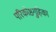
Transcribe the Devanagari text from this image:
परिकोष्ठगुहिका